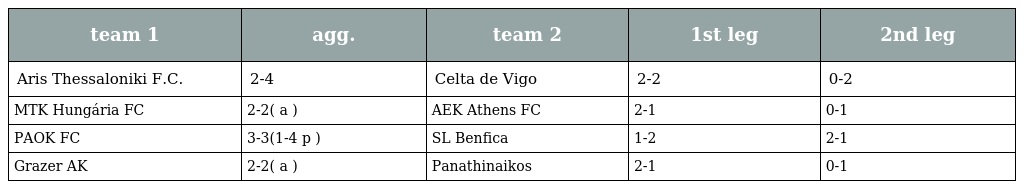
| team 1 | agg. | team 2 | 1st leg | 2nd leg |
 | --- | --- | --- | --- | --- |
 | Aris Thessaloniki F.C. | 2-4 | Celta de Vigo | 2-2 | 0-2 |
 | MTK Hungária FC | 2-2( a ) | AEK Athens FC | 2-1 | 0-1 |
 | PAOK FC | 3-3(1-4 p ) | SL Benfica | 1-2 | 2-1 |
 | Grazer AK | 2-2( a ) | Panathinaikos | 2-1 | 0-1 |